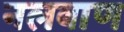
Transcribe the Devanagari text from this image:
नलबाण